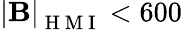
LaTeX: \mathbf{\left|B\right|}_{\mathrm{~H~M~I~}}<600